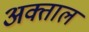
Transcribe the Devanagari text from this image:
अक्ताल